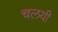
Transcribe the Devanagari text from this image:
चलयी